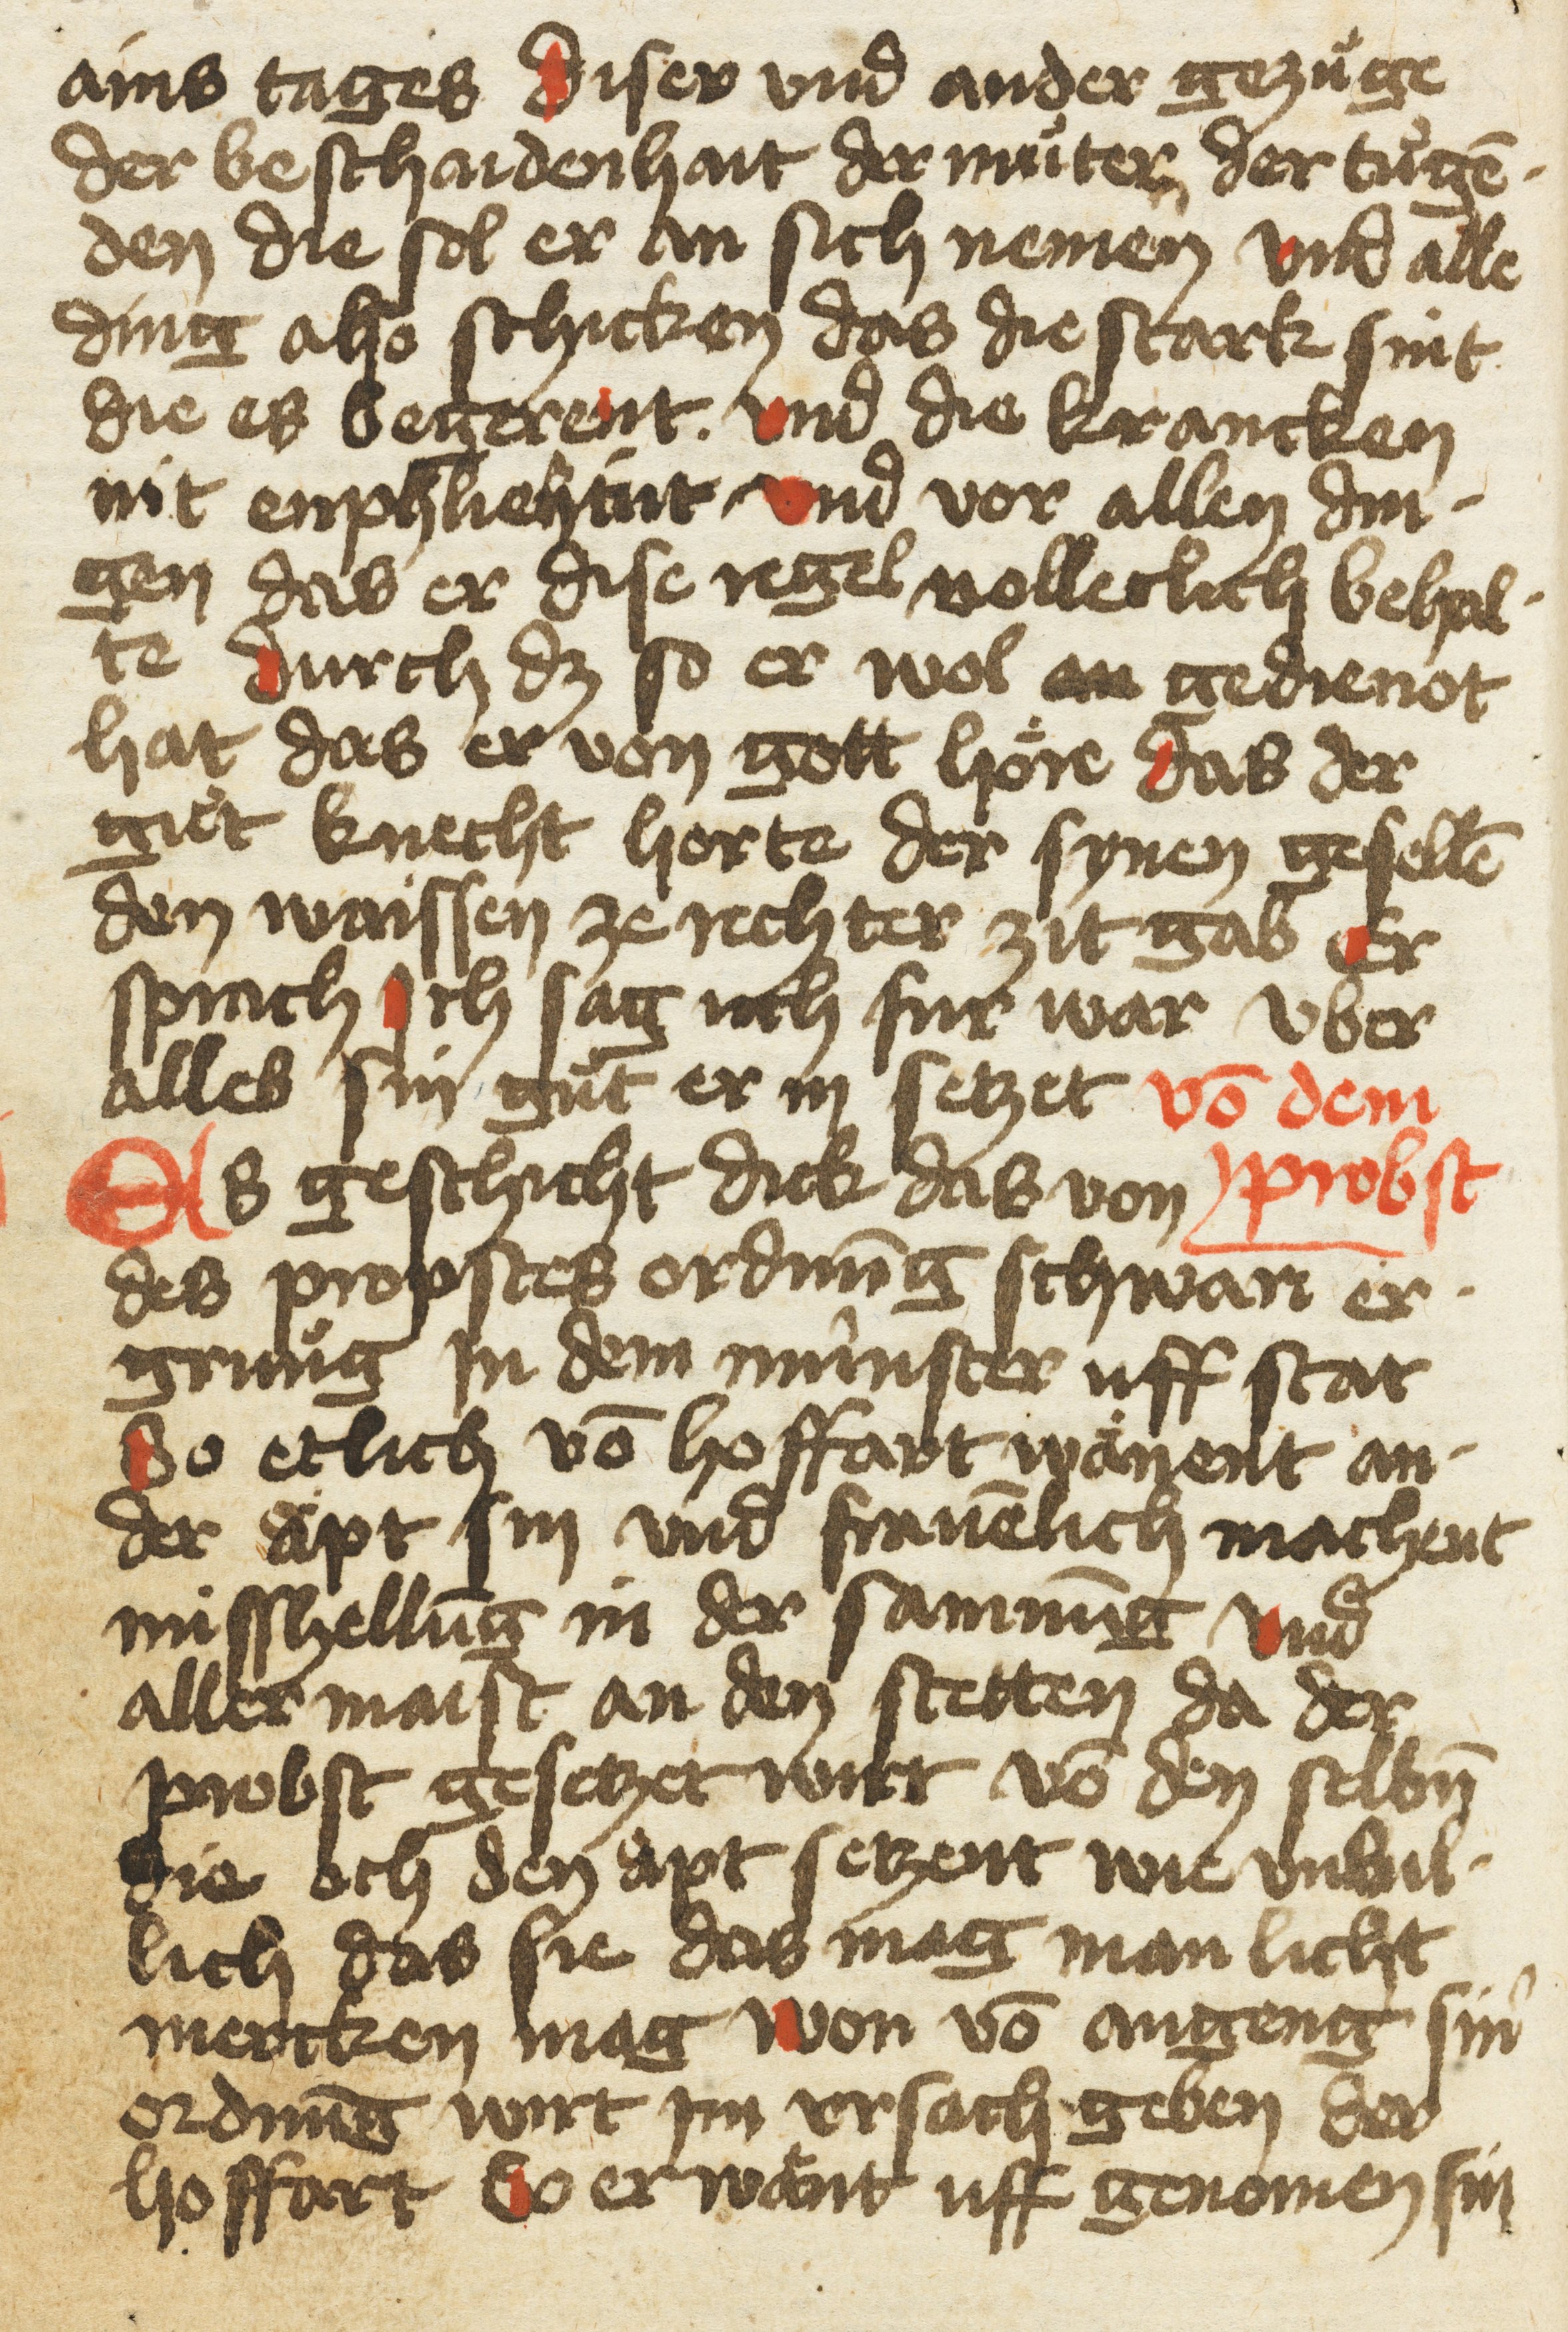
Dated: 1400–1499